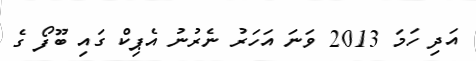
އަދި ހަމަ 2013 ވަނަ އަހަރު ނެރުނު އެޕިކް ގައި ބޫފޯ ގެ